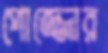
পোজ্জোর